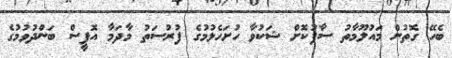
ބެހޭ ގޮތުން މައުލޫމާތު ސާފުކޮށް ޝަކުވާ ހުށަހެޅުމުގެ ފުރުސަތު މާދަމާ އޮފީސް ބަންދުވުމުގެ